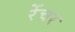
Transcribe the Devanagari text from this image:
रेंचर